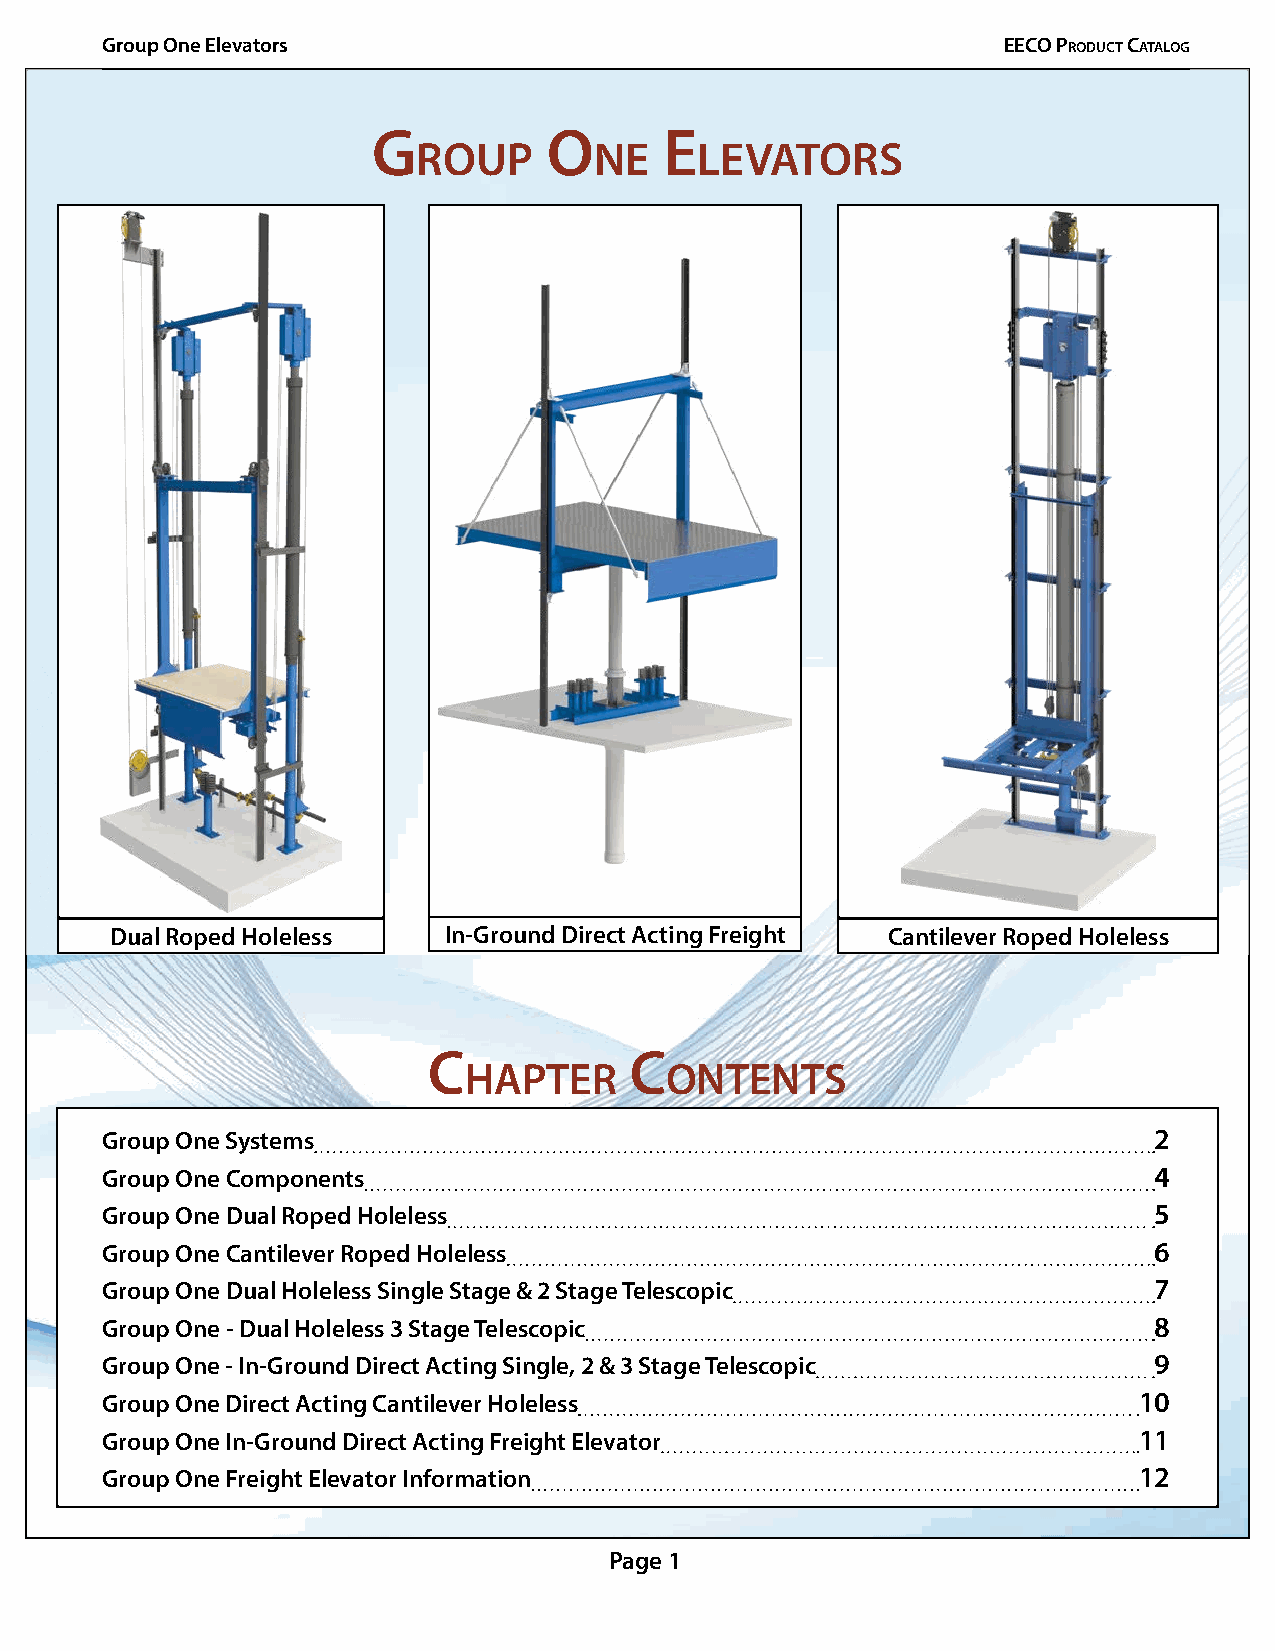
Group One Elevators                                        EECO PrOduCt CatalOg
 G          o       e
 roup       ne     levators
 Dual Roped Holeless   In-Ground Direct Acting Freight Cantilever Roped Holeless
 C             C
 hapter       ontents
 Group One Systems                                                    2
 Group One Components                                                 4
 Group One Dual Roped Holeless                                        5
 Group One Cantilever Roped Holeless                                  6
 Group One Dual Holeless Single Stage & 2 Stage Telescopic            7
 Group One - Dual Holeless 3 Stage Telescopic                         8
 Group One - In-Ground Direct Acting Single, 2 & 3 Stage Telescopic   9
 Group One Direct Acting Cantilever Holeless                         10
 Group One In-Ground Direct Acting Freight Elevator                  11
 Group One Freight Elevator Information                              12
 Page 1